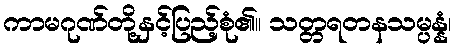
ကာမဂုဏ်တို့နှင့်ပြည့်စုံ၏။ သတ္တရတနသမ္ပန္နံ၊